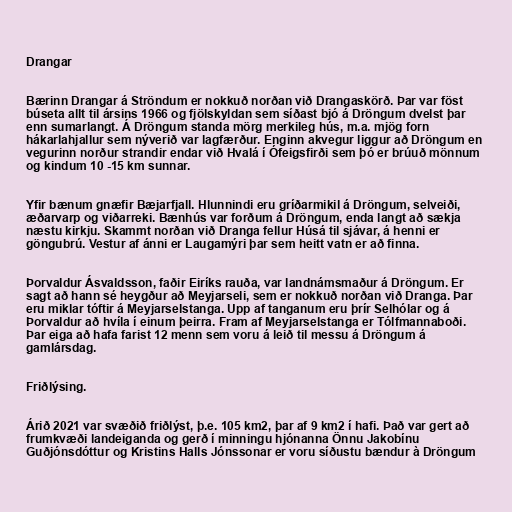
Drangar

Bærinn Drangar á Ströndum er nokkuð norðan við Drangaskörð. Þar var föst
búseta allt til ársins 1966 og fjölskyldan sem síðast bjó á Dröngum dvelst þar
enn sumarlangt. Á Dröngum standa mörg merkileg hús, m.a. mjög forn
hákarlahjallur sem nýverið var lagfærður. Enginn akvegur liggur að Dröngum en
vegurinn norður strandir endar við Hvalá í Ófeigsfirði sem þó er brúuð mönnum
og kindum 10 -15 km sunnar.

Yfir bænum gnæfir Bæjarfjall. Hlunnindi eru gríðarmikil á Dröngum, selveiði,
æðarvarp og viðarreki. Bænhús var forðum á Dröngum, enda langt að sækja
næstu kirkju. Skammt norðan við Dranga fellur Húsá til sjávar, á henni er
göngubrú. Vestur af ánni er Laugamýri þar sem heitt vatn er að finna.

Þorvaldur Ásvaldsson, faðir Eiríks rauða, var landnámsmaður á Dröngum. Er
sagt að hann sé heygður að Meyjarseli, sem er nokkuð norðan við Dranga. Þar
eru miklar tóftir á Meyjarselstanga. Upp af tanganum eru þrír Selhólar og á
Þorvaldur að hvíla í einum þeirra. Fram af Meyjarselstanga er Tólfmannaboði.
Þar eiga að hafa farist 12 menn sem voru á leið til messu á Dröngum á
gamlársdag.

Friðlýsing.

Árið 2021 var svæðið friðlýst, þ.e. 105 km2, þar af 9 km2 í hafi. Það var gert að
frumkvæði landeiganda og gerð í minningu hjónanna Önnu Jakobínu
Guðjónsdóttur og Kristins Halls Jónssonar er voru síðustu bændur à Dröngum